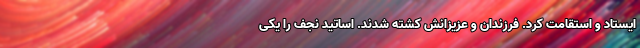
ایستاد و استقامت کرد. فرزندان و عزیزانش کشته شدند. اساتید نجف را یکی